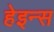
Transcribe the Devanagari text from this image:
हेइन्स